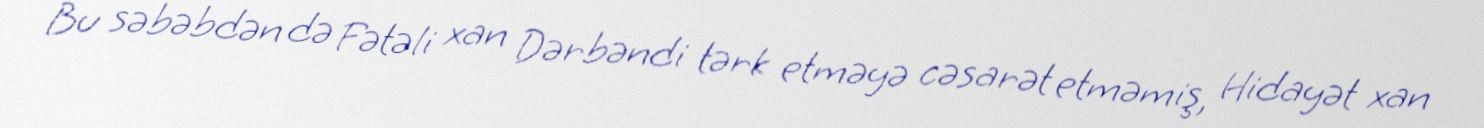
Bu səbəbdən də Fətəli xan Dərbəndi tərk etməyə cəsarət etməmiş, Hidayət xan